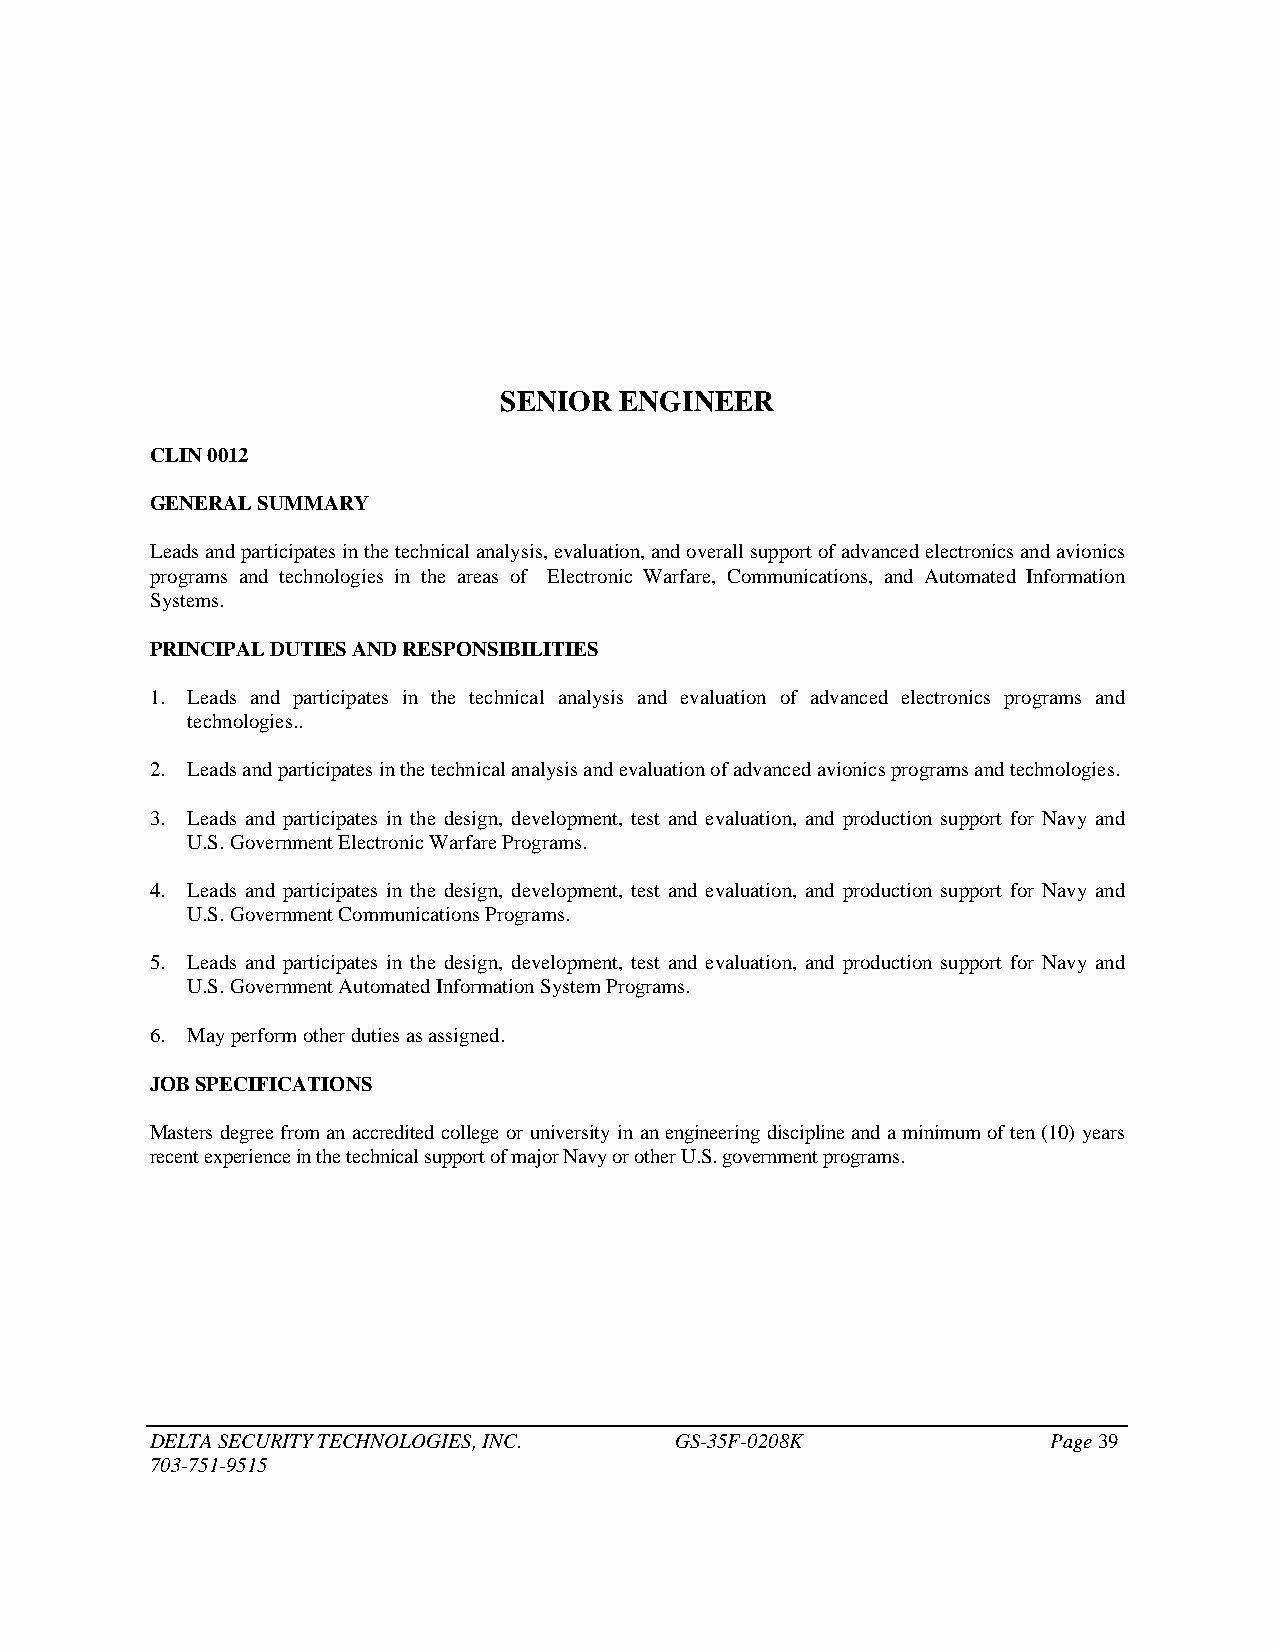
SENIOR  ENGINEER
 CLIN 0012
 GENERAL SUMMARY
 Leads and participates in the technical analysis, evaluation, and overall support of advanced electronics and avionics
 programs and technologies in the areas of Electronic Warfare, Communications, and Automated Information
 Systems.
 PRINCIPAL DUTIES AND RESPONSIBILITIES
 1. Leads and participates in the technical analysis and evaluation of advanced electronics programs and
 technologies..
 2. Leads and participates in the technical analysis and evaluation of advanced avionics programs and technologies.
 3. Leads and participates in the design, development, test and evaluation, and production support for Navy and
 U.S. Government Electronic Warfare Programs.
 4. Leads and participates in the design, development, test and evaluation, and production support for Navy and
 U.S. Government Communications Programs.
 5. Leads and participates in the design, development, test and evaluation, and production support for Navy and
 U.S. Government Automated Information System Programs.
 6. May perform other duties as assigned.
 JOB SPECIFICATIONS
 Masters degree from an accredited college or university in an engineering discipline and a minimum of ten (10) years
 recent experience in the technical support of major Navy or other U.S. government programs.
 DELTA SECURITY TECHNOLOGIES, INC.  GS-35F-0208K             Page 39
 703-751-9515